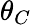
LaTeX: \theta_{C}